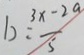
b = \frac { 3 x - 2 a } { 5 }